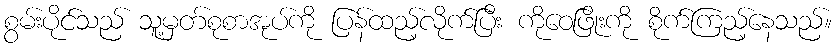
စွမ်းပိုင်သည် သူ့မှတ်စုစာအုပ်ကို ပြန်ထည့်လိုက်ပြီး ကိုဝေဖြိုးကို စိုက်ကြည့်နေသည်။